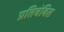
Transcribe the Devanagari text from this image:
प्रतिबंबित